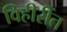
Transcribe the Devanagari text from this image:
विहीरींत